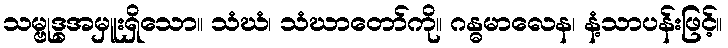
သမ္ဗုဒ္ဓအမှူးရှိသော။ သံဃံ၊ သံဃာတော်ကို။ ဂန္ဓမာလေန၊ နံ့သာပန်းဖြင့်။